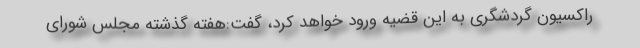
راکسیون گردشگری به این قضیه ورود خواهد کرد، گفت:هفته گذشته مجلس شورای